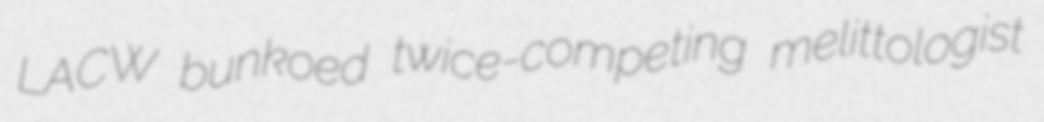
LACW bunkoed twice-competing melittologist